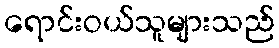
ရောင်းဝယ်သူများသည်